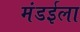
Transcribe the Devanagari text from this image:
मंडईला